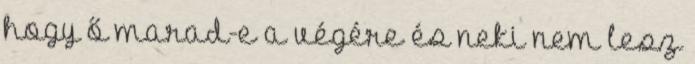
hogy ő marad-e a végére és neki nem lesz